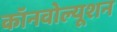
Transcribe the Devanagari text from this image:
कॉनवोल्यूशन